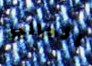
الجالية